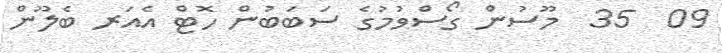
09  35  މޫސުން ގޯސްވުމުގެ ސަބަބުން ހޮޓް އެއަރ ބެލޫން